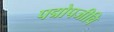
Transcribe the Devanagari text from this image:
पद्मोपजीवि